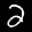
Label: 2